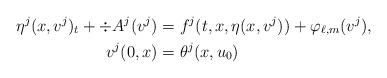
LaTeX: \begin{align*}\eta^j(x,v^j)_t+\div A^j(v^j)&=f^j(t,x,\eta(x,v^j))+\varphi_{\ell,m}(v^j),\\v^j(0,x)&=\theta^j(x,u_0)\end{align*}